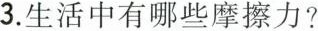
3.生活中有哪些摩擦力?